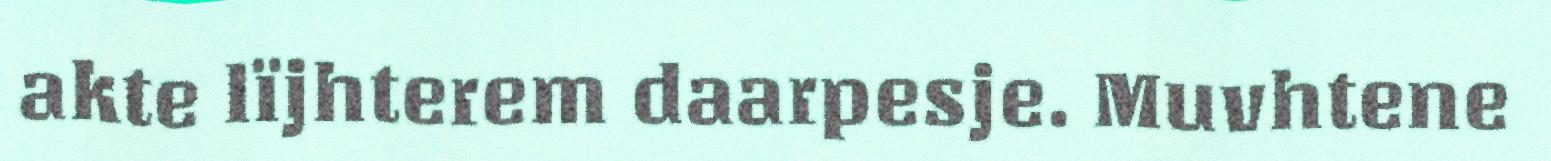
akte lïjhterem daarpesje. Muvhtene